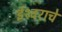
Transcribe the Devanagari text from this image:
ईश्‍वराचे